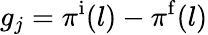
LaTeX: g_{j}=\pi^{\mathrm i}(l)-\pi^{\mathrm f}(l)